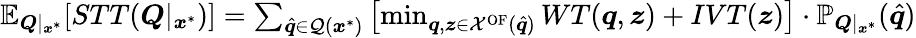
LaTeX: \begin{array}{r}{\mathbb{E}_{\boldsymbol{Q}|_{\boldsymbol{x}^{*}}}[STT(\boldsymbol{Q}|_{\boldsymbol{x}^{*}})]=\sum_{\hat{\boldsymbol{q}}\in\mathcal{Q}({\boldsymbol{x}^{*}})}\left[\operatorname*{min}_{\boldsymbol{q},\boldsymbol{z}\in\mathcal{X}^{\mathrm{OF}}(\hat{\boldsymbol{q}})}WT(\boldsymbol{q},\boldsymbol{z})+IVT(\boldsymbol{z})\right]\cdot\mathbb{P}_{\boldsymbol{Q}|_{\boldsymbol{x}^{*}}}(\hat{\boldsymbol{q}})}\end{array}